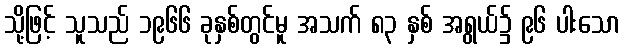
သို့ဖြင့် သူသည် ၁၉၆၆ ခုနှစ်တွင်မူ အသက် ၈၃ နှစ် အရွယ်၌ ၉၆ ပါးသော